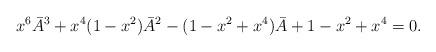
LaTeX: \begin{align*}x^6\bar{A}^3 + x^4(1-x^2)\bar{A}^2 -(1-x^2+x^4)\bar{A} + 1-x^2+x^4 =0.\end{align*}